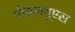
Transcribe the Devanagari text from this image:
पीएलयूएस